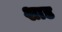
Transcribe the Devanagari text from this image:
शाड